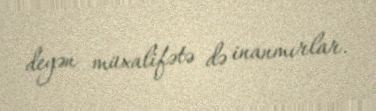
deyən müxalifətə də inanmırlar.